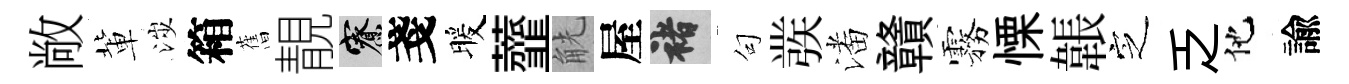
敞軰涉箱𦾔靚寮戔暖虀觥屋褚句彂潘贛霧慄韔㝎乏他諭